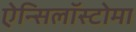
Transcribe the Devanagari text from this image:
ऐन्सिलॉस्टोमा